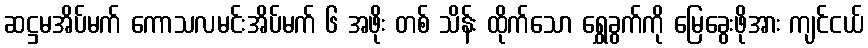
ဆဋ္ဌမအိပ်မက် ကောသလမင်းအိပ်မက် ၆ အဖိုး တစ် သိန်း ထိုက်သော ရွှေခွက်ကို မြေခွေးဖိုအား ကျင်ငယ်